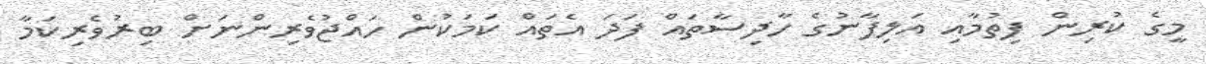
މީގެ ކުރިން ފިތުމާއި އަލިފާނުގެ ހާދިސާތައް ފަދަ އެތައް ކަމަކުން ހައްޖުވެރިންނަށް ބިރުވެރިކަމާ